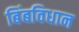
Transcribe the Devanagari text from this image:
बिंबविधान